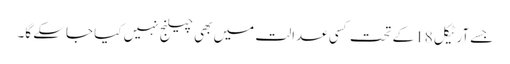
جسے آرٹیکل 18کے تحت کسی عدالت میں بھی چیلنج نہیں کیا جاسکے گا۔